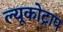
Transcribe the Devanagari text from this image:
ल्यूकोट्राप